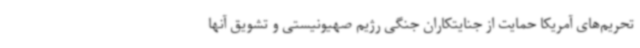
تحریم‌های آمریکا حمایت از جنایتکاران جنگی رژیم صهیونیستی و تشویق آنها